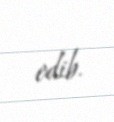
edib.